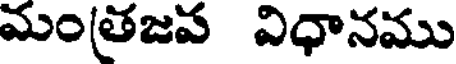
మం(తజవ విధానము